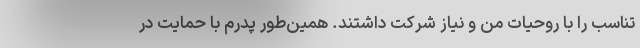
تناسب را با روحیات من و نیاز شرکت داشتند. همین‌طور پدرم با حمایت در